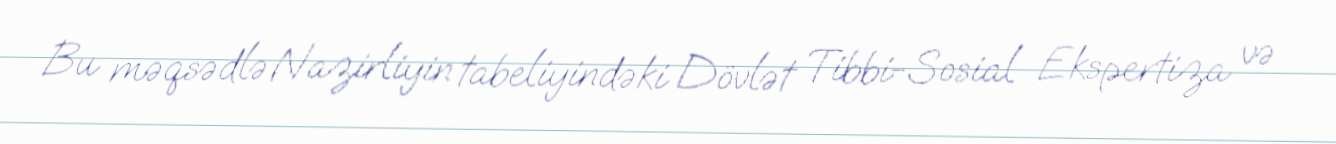
Bu məqsədlə Nazirliyin tabeliyindəki Dövlət Tibbi-Sosial Ekspertiza və